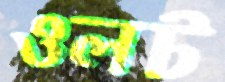
ওলট